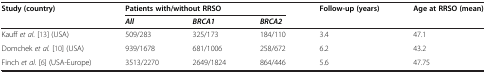
| Study (country) | <COLSPAN=3> Patients with/without RRSO | Follow-up (years) | Age at RRSO (mean) |
 |  | All | BRCA1 | BRCA2 |  |  |
 | --- | --- | --- | --- | --- | --- |
 | Kauff et al. [13] (USA) | 509/283 | 325/173 | 184/110 | 3.4 | 47.1 |
 | Domchek et al. [10] (USA) | 939/1678 | 681/1006 | 258/672 | 6.2 | 43.2 |
 | Finch et al. [6] (USA-Europe) | 3513/2270 | 2649/1824 | 864/446 | 5.6 | 47.75 |